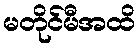
မတိုင်မီအထိ